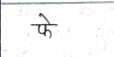
मजकूर: फे